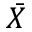
\bar { X }